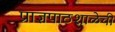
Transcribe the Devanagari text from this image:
प्राज्ञपाठशाळेची